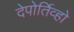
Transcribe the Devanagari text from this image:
देपोर्तिव्हो